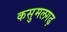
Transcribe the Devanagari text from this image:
कसुमलगढ़